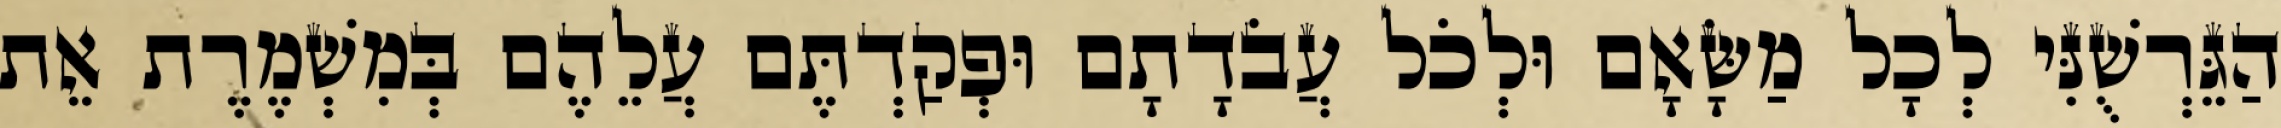
הַגֵּרְשֻׁנִּי לְכָל מַשָּׂאָם וּלְכֹל עֲבֹדָתָם וּפְקַדְתֶּם עֲלֵהֶם בְּמִשְׁמֶרֶת אֵת